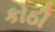
કોઠી